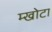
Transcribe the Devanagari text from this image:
म्खोटा